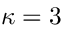
\kappa = 3